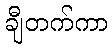
ချီတက်ကာ